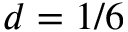
d = 1 / 6